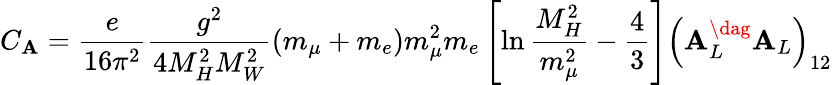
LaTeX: C_{\mathbf{A}}=\frac{{e}}{{16\pi^{2}}}\frac{{g^{2}}}{{4M_{H}^{2}M_{W}^{2}}}\left(m_{\mu}+m_{e}\right)m_{\mu}^{2}m_{e}\left[\ln\frac{{M_{H}^{2}}}{{m_{\mu}^{2}}}-\frac{{4}}{{3}}\right]\left({\sf\mathbf{A}}_{L}^{\dag}{\sf\mathbf{A}}_{L}\right)_{12}